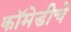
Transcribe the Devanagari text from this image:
कॉमेडीचे